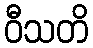
ဝီသတိ